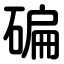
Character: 碥